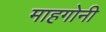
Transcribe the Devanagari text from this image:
माहगोनी